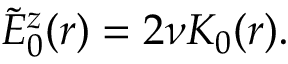
\begin{array} { r } { \tilde { E } _ { 0 } ^ { z } ( r ) = 2 \nu K _ { 0 } ( r ) . } \end{array}